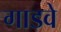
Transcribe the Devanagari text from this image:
गाडवे